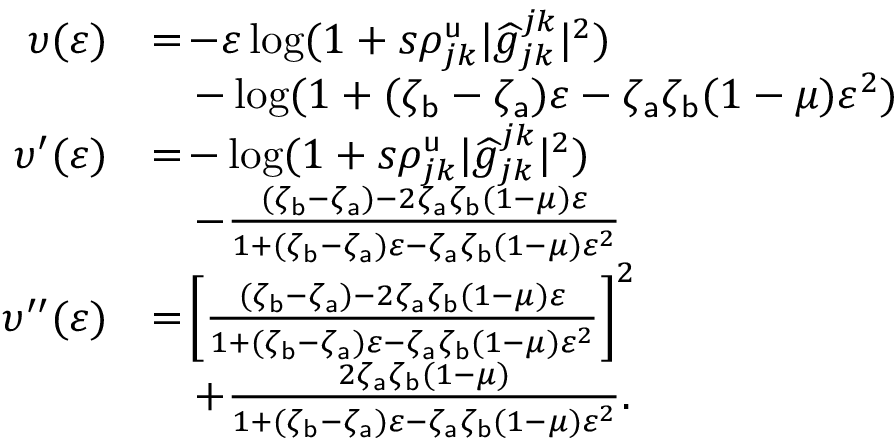
\begin{array} { r l } { \upsilon ( \varepsilon ) } & { = \! - \varepsilon \log ( 1 + s \rho _ { j k } ^ { \mathsf { u } } | \widehat { g } _ { j k } ^ { j k } | ^ { 2 } ) } \\ & { \quad - \log ( 1 + ( \zeta _ { \mathsf { b } } - \zeta _ { \mathsf { a } } ) \varepsilon - \zeta _ { \mathsf { a } } \zeta _ { \mathsf { b } } ( 1 - \mu ) \varepsilon ^ { 2 } ) } \\ { \upsilon ^ { \prime } ( \varepsilon ) } & { = \! - \log ( 1 + s \rho _ { j k } ^ { \mathsf { u } } | \widehat { g } _ { j k } ^ { j k } | ^ { 2 } ) } \\ & { \quad - \frac { ( \zeta _ { \mathsf { b } } - \zeta _ { \mathsf { a } } ) - 2 \zeta _ { \mathsf { a } } \zeta _ { \mathsf { b } } ( 1 - \mu ) \varepsilon } { 1 + ( \zeta _ { \mathsf { b } } - \zeta _ { \mathsf { a } } ) \varepsilon - \zeta _ { \mathsf { a } } \zeta _ { \mathsf { b } } ( 1 - \mu ) \varepsilon ^ { 2 } } } \\ { \upsilon ^ { \prime \prime } ( \varepsilon ) } & { = \! \left[ \frac { ( \zeta _ { \mathsf { b } } - \zeta _ { \mathsf { a } } ) - 2 \zeta _ { \mathsf { a } } \zeta _ { \mathsf { b } } ( 1 - \mu ) \varepsilon } { 1 + ( \zeta _ { \mathsf { b } } - \zeta _ { \mathsf { a } } ) \varepsilon - \zeta _ { \mathsf { a } } \zeta _ { \mathsf { b } } ( 1 - \mu ) \varepsilon ^ { 2 } } \right] ^ { 2 } } \\ & { \quad + \frac { 2 \zeta _ { \mathsf { a } } \zeta _ { \mathsf { b } } ( 1 - \mu ) } { 1 + ( \zeta _ { \mathsf { b } } - \zeta _ { \mathsf { a } } ) \varepsilon - \zeta _ { \mathsf { a } } \zeta _ { \mathsf { b } } ( 1 - \mu ) \varepsilon ^ { 2 } } . } \end{array}